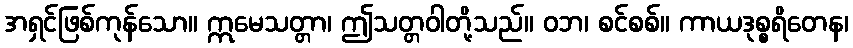
အရှင်ဖြစ်ကုန်သော။ ဣမေသတ္တာ၊ ဤသတ္တဝါတို့သည်။ ဝဘ၊ စင်စစ်။ ကာယဒုစ္စရိတေန၊